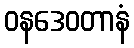
ဝနဒေဝတာနံ